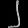
Digit: ၂